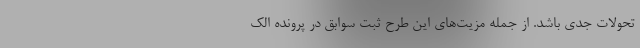
تحولات جدی باشد. از جمله مزیت‌های این طرح ثبت سوابق در پرونده الک